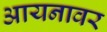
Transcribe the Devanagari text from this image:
आयनावर